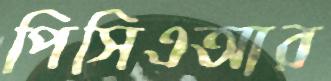
পিসিএআর